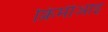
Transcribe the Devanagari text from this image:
क्रिमीआइ